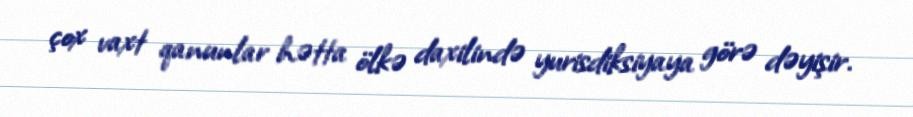
çox vaxt qanunlar hətta ölkə daxilində yurisdiksiyaya görə dəyişir.